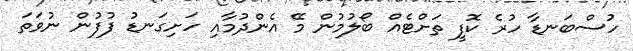
ހުސްބަނޑާ ހުރެ ކޮފީ ތަށްޓެއް ބޯލުމުން މޭ އެންދުމާއި ހަށިގަނޑު ފުފުން ނުވަތަ